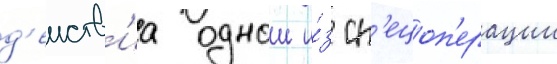
д'еиств'иа однои и́з сп'ецоп'ерации